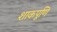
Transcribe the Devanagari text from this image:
शाकपूणि